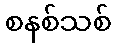
စနစ်သစ်